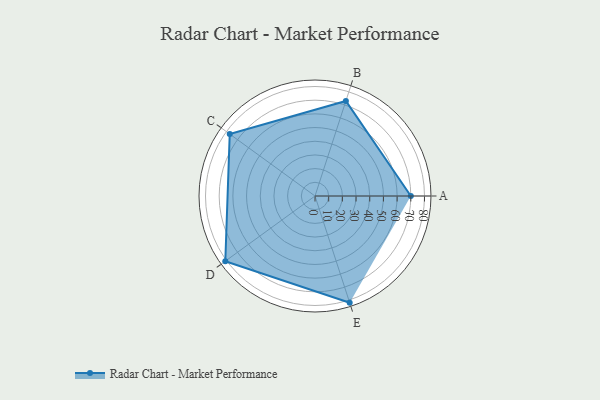
{"axis": {"x": "Skill", "y": "Score"}, "legend": ["Profile"], "data": [{"x": "A", "y": 70.0, "type": "Profile"}, {"x": "B", "y": 73.0, "type": "Profile"}, {"x": "C", "y": 77.0, "type": "Profile"}, {"x": "D", "y": 81.0, "type": "Profile"}, {"x": "E", "y": 82.0, "type": "Profile"}]}